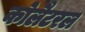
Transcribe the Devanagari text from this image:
कोलैटरल